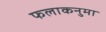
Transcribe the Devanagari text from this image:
फलाकनुमा